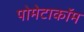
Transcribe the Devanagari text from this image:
पोमेटाकॉम